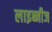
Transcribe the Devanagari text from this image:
लाइब्नीज